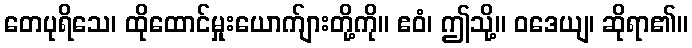
တေပုရိသေ၊ ထိုထောင်မှုးယောက်ျားတို့ကို။ ဧဝံ၊ ဤသို့။ ဝဒေယျ၊ ဆိုရာ၏။